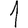
Digit: 1